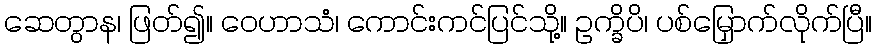
ဆေတွာန၊ ဖြတ်၍။ ဝေဟာသံ၊ ကောင်းကင်ပြင်သို့။ ဥက္ခိပိ၊ ပစ်မြှောက်လိုက်ပြီ။